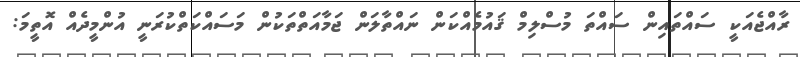
ރާއްޖެއަކީ ސައްތައިން ސައްތަ މުސްލިމް ޤައުމެއްކަން ނައްތާލަން ޖަމާއަތްތަކުން މަސައްކަތްކުރަނީ އުންމީދެއް އޮތީމަ: